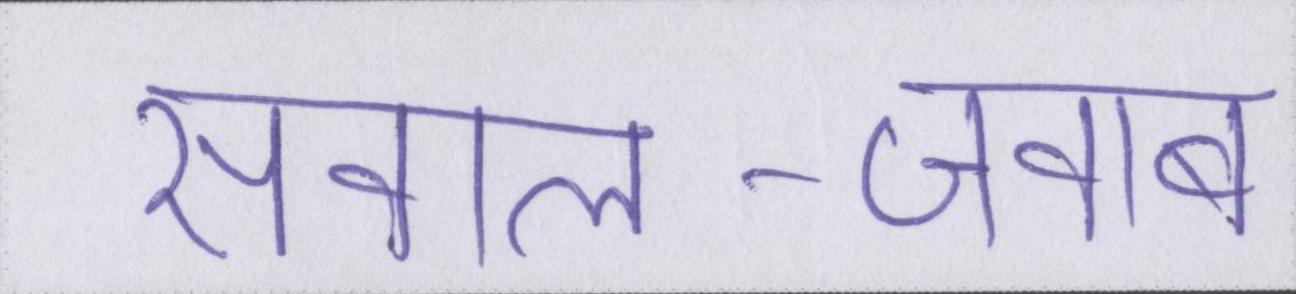
सवाल-जवाब